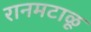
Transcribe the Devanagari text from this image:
रानमटाळू